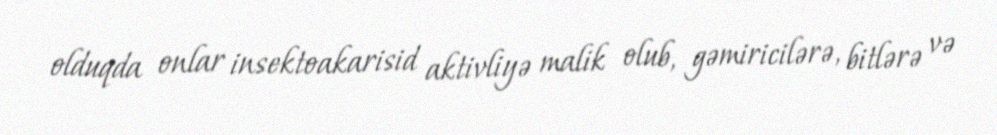
olduqda onlar insektoakarisid aktivliyə malik olub, gəmiricilərə, bitlərə və